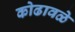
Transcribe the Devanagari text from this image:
कोढावळे